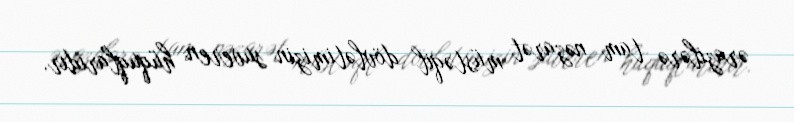
ərazilərə tam nəzarət müstəqil dövlətimizin suveren hüquqlarıdır.